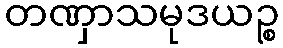
တဏှာသမုဒယဉ္စ